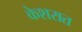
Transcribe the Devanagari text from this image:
केशरात